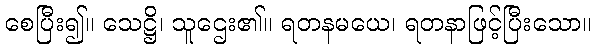
စေပြီး၍။ သေဋ္ဌိ၊ သူဌေး၏။ ရတနမယေ၊ ရတနာဖြင့်ပြီးသော။